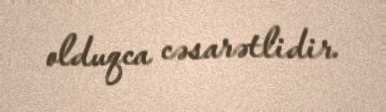
olduqca cəsarətlidir.